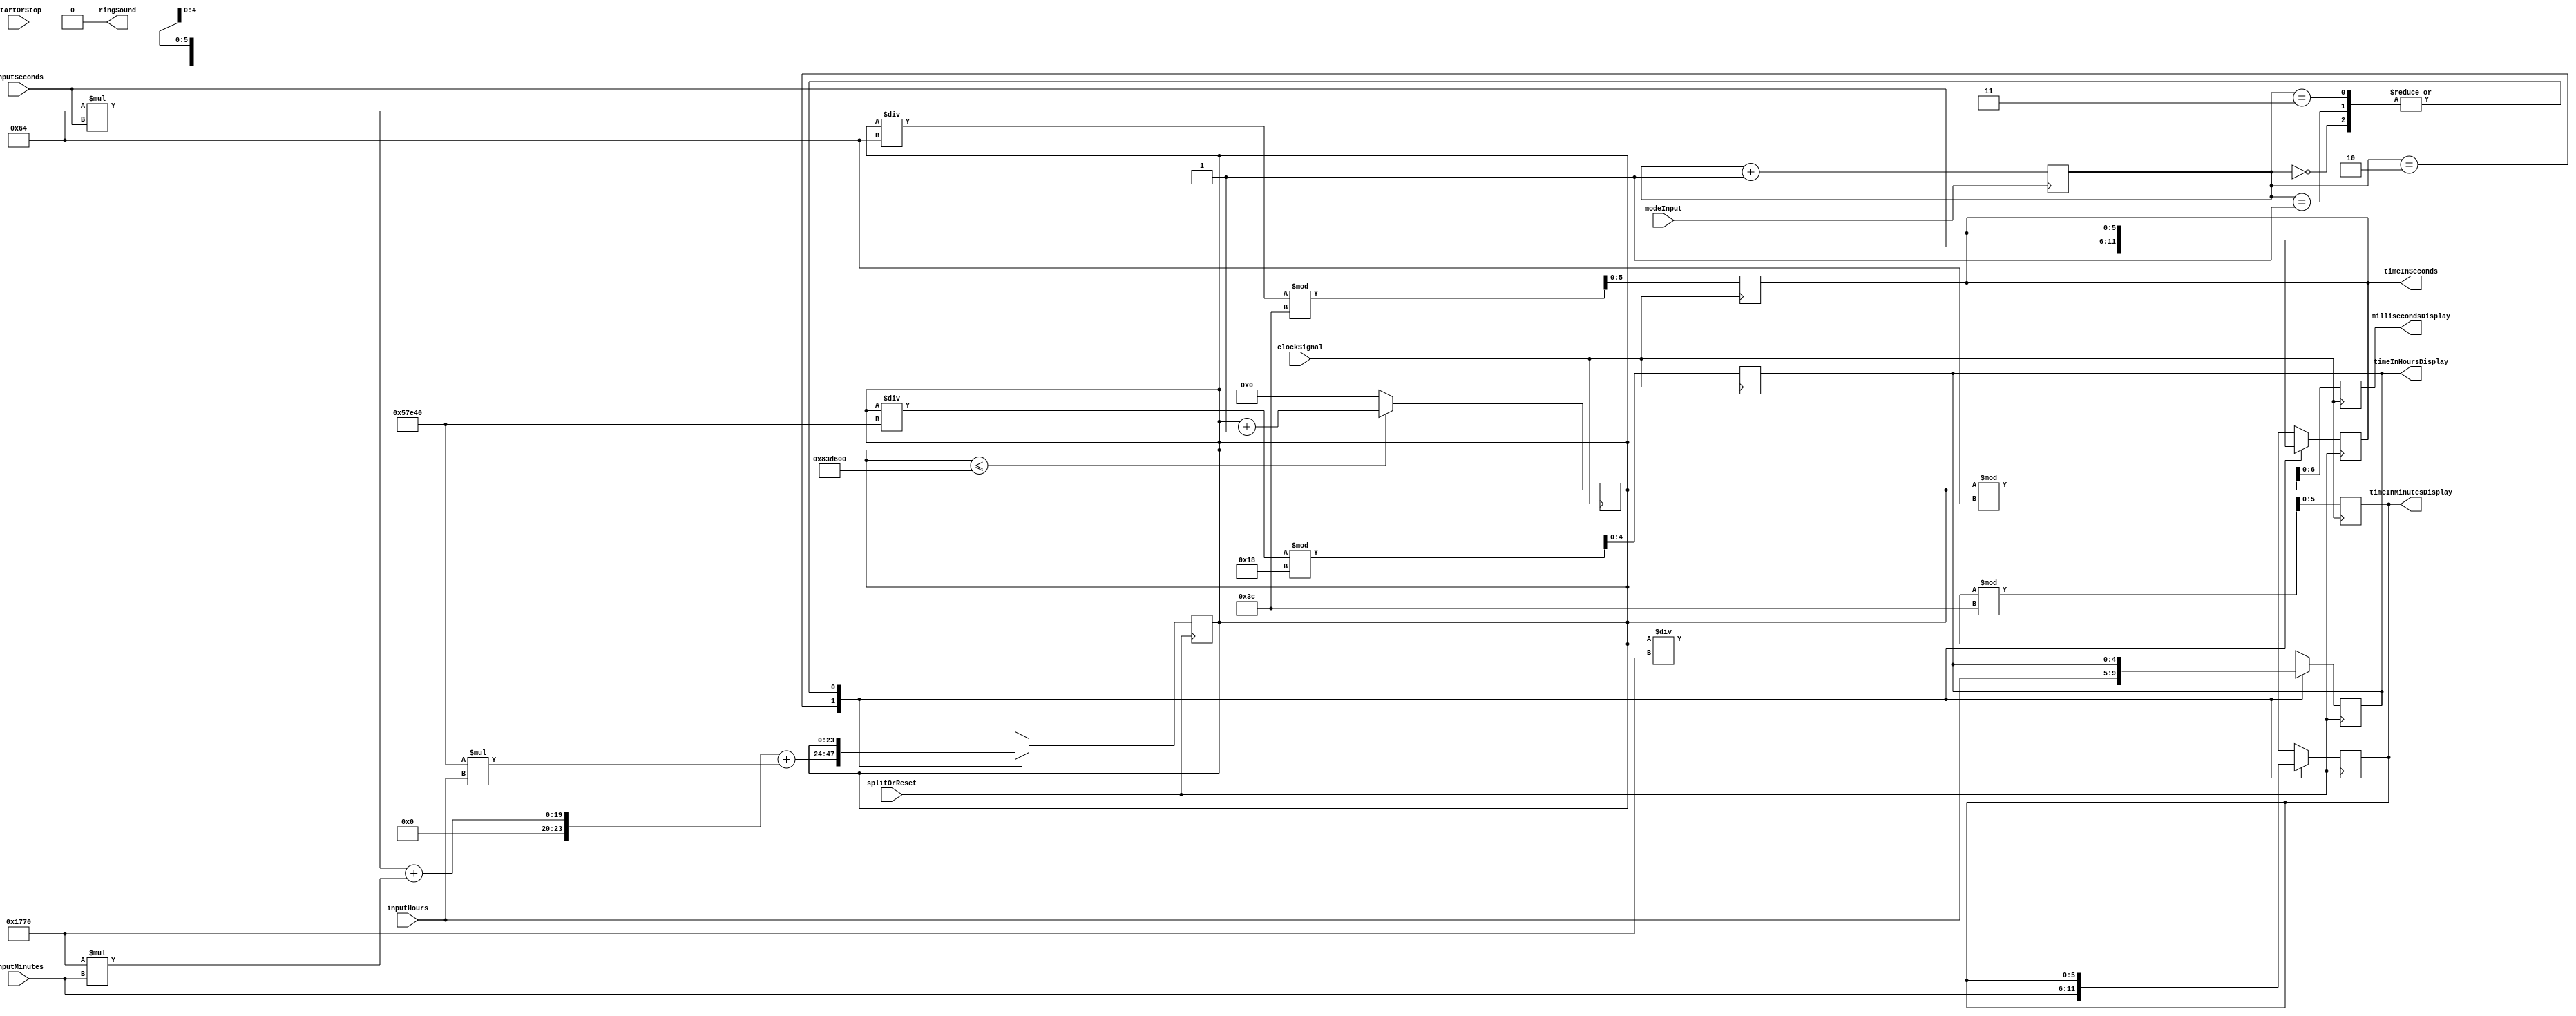
`timescale 1ns / 1ps
//////////////////////////////////////////////////////////////////////////////////
// Company: 
// Engineer: 
// 
// Design Name: 
// Module Name: Timer
// Project Name: 
// Target Devices: 
// Tool Versions: 
// Description: 
// 
// Dependencies: 
// 
// Revision:
// Revision 0.01 - File Created
// Additional Comments:
// 
//////////////////////////////////////////////////////////////////////////////////



//Note to self: get rid of excess binary bits necessary
//MODULES don't seem to work insde an always block, so I placed the raw code instead
//Also verilog arrays are inclusive. Meaning [4:0] is actually 5 bits

module Timer(
       input splitOrReset, modeInput, startOrStop, clockSignal,    
       input wire [4:0] inputHours, 
       input wire [5:0] inputMinutes, inputSeconds,
       
       output reg [4:0] timeInHoursDisplay, 
       output reg [5:0] timeInMinutesDisplay, timeInSeconds,
       output reg [6:0] millisecondsDisplay, 
       output reg ringSound
       
    );
       
    parameter timer = 2'b00, stopwatch = 2'b01, viewClockAndDate = 2'b10, setAlarm = 2'b11, twentyFourHours = 8640000;
    
    //verilog doesn't support 2d array as input/output
    reg [4:0] lappedHours [9:0], lappedMinutes [9:0], lappedSeconds[9:0], lappedMilliseconds[9:0];
    reg [23:0] millisecondsTimeCount, lappedMillisecondsCount;

    
    //clock signal must be in 100Hz
    reg [1:0] mode;
    reg startFlagTimer, startFlagStopWatch,startFlagAlarm;    
    reg [23:0] timerAlarmCount, clockAlarm;
    reg [4:0] lapIndex;


    initial
    begin
        $display ("Hello World");
        lapIndex = 0; //by default the lap position is at 0
        startFlagTimer = 0;//count down is disabled by default
        startFlagStopWatch = 0;
        startFlagAlarm = 0;
        timerAlarmCount = 0;
        mode =  2'b00; //mode at 0 by default
        
        lappedMillisecondsCount = 0;
        
        //Used to use loops, but they slowed the simulation too much
        lappedSeconds[0] = 0;
        lappedSeconds[1] = 0;
        lappedSeconds[2] = 0;
        lappedSeconds[3] = 0;
        lappedSeconds[4] = 0;
        lappedSeconds[5] = 0;
        lappedSeconds[6] = 0;
        lappedSeconds[7] = 0;
        lappedSeconds[8] = 0;
        lappedSeconds[9] = 0;
        
        lappedMinutes[0] = 0;
        lappedMinutes[1] = 0;
        lappedMinutes[2] = 0;
        lappedMinutes[3] = 0;
        lappedMinutes[4] = 0;
        lappedMinutes[5] = 0;
        lappedMinutes[6] = 0;
        lappedMinutes[7] = 0;
        lappedMinutes[8] = 0;
        lappedMinutes[9] = 0;

        lappedMilliseconds[0] = 0;
        lappedMilliseconds[1] = 0;
        lappedMilliseconds[2] = 0;
        lappedMilliseconds[3] = 0;
        lappedMilliseconds[4] = 0;
        lappedMilliseconds[5] = 0;
        lappedMilliseconds[6] = 0;
        lappedMilliseconds[7] = 0;
        lappedMilliseconds[8] = 0;
        lappedMilliseconds[9] = 0;

        lappedHours[0] = 0;
        lappedHours[1] = 0;
        lappedHours[2] = 0;
        lappedHours[3] = 0;
        lappedHours[4] = 0;
        lappedHours[5] = 0;
        lappedHours[6] = 0;
        lappedHours[7] = 0;
        lappedHours[8] = 0;
        lappedHours[9] = 0;
    //for performance issues, set all to 0 instead of looping
        
        millisecondsTimeCount = 0; 
        ringSound = 0; //initially the alarm is not ringing
    end
    
    
    always @ (posedge  modeInput)
    begin
        mode = mode + 2'b01; //cycle through the 4 modes (0 to 3) respectively
    end
    
    
    always @ (posedge startOrStop)
    begin
        case(mode) //if set was pressed during one of the modes
                timer: 
                   begin
                    if(timerAlarmCount == 0)
                        begin
                            startFlagTimer = 1;
                            timerAlarmCount =  (100 * inputSeconds + 100 * 60 * inputMinutes + 100 * 60 * 60  * inputHours);

                        end
                        
                    else
                        begin
                            startFlagTimer = 0;
                        end
                    end
                stopwatch: 
                    begin
                        //lap when pressed, save it to 2d array
                        startFlagStopWatch = !startFlagStopWatch;
                    end
                viewClockAndDate: 
                    begin
                        //do nothing
                    end
                setAlarm: 
                    begin
                        //Convert HHMMSS to ms
                        clockAlarm = inputHours * 60 * 60 * 100 + inputMinutes * 60 * 100 + inputSeconds * 100;
                    end
                
            
            endcase        
            
            if(ringSound == 1)
            begin
                ringSound = 0;
            end
    end
    
    always @ (posedge splitOrReset)
        begin
        
            case(mode)
                    timer: 
                       begin
                        //set the timer alarm count 
                        startFlagTimer = 0;
                        timerAlarmCount = 0;
                        end
                    stopwatch: 

                        begin   
                        
                            if(lapIndex == 10)
                            begin
                                lapIndex <= 0;
                                startFlagStopWatch <= 0;
                                
                                //Used to use loops, but they slowed the simulation too much
                                //Used to use loops, but they slowed the simulation too much
                                lappedSeconds[0] <= 0;
                                lappedSeconds[1] <= 0;
                                lappedSeconds[2] <= 0;
                                lappedSeconds[3] <= 0;
                                lappedSeconds[4] <= 0;
                                lappedSeconds[5] <= 0;
                                lappedSeconds[6] <= 0;
                                lappedSeconds[7] <= 0;
                                lappedSeconds[8] <= 0;
                                lappedSeconds[9] <= 0;
                                
                                lappedMinutes[0] <= 0;
                                lappedMinutes[1] <= 0;
                                lappedMinutes[2] <= 0;
                                lappedMinutes[3] <= 0;
                                lappedMinutes[4] <= 0;
                                lappedMinutes[5] <= 0;
                                lappedMinutes[6] <= 0;
                                lappedMinutes[7] <= 0;
                                lappedMinutes[8] <= 0;
                                lappedMinutes[9] <= 0;
                        
                                lappedMilliseconds[0] <= 0;
                                lappedMilliseconds[1] <= 0;
                                lappedMilliseconds[2] <= 0;
                                lappedMilliseconds[3] <= 0;
                                lappedMilliseconds[4] <= 0;
                                lappedMilliseconds[5] <= 0;
                                lappedMilliseconds[6] <= 0;
                                lappedMilliseconds[7] <= 0;
                                lappedMilliseconds[8] <= 0;
                                lappedMilliseconds[9] <= 0;
                        
                                lappedHours[0] <= 0;
                                lappedHours[1] <= 0;
                                lappedHours[2] <= 0;
                                lappedHours[3] <= 0;
                                lappedHours[4] <= 0;
                                lappedHours[5] <= 0;
                                lappedHours[6] <= 0;
                                lappedHours[7] <= 0;
                                lappedHours[8] <= 0;
                                lappedHours[9] <= 0;
                                
                                lappedMillisecondsCount <= 0;                            
                            end  
                            
                            if(startFlagStopWatch == 1)
                            begin
                                lappedMilliseconds[lapIndex] = lappedMillisecondsCount % 100;
                                lappedSeconds[lapIndex] = lappedMillisecondsCount / 100;
                                lappedMinutes[lapIndex] = lappedMillisecondsCount / (60 * 100);
                                lappedHours[lapIndex] = lappedMillisecondsCount / (60 * 60 * 100);
                                lapIndex = lapIndex +1;                            
                            end
                            else
                            begin
                                //Used to use loops, but they slowed the simulation too much
                                //Used to use loops, but they slowed the simulation too much
                                lappedSeconds[0] <= 0;
                                lappedSeconds[1] <= 0;
                                lappedSeconds[2] <= 0;
                                lappedSeconds[3] <= 0;
                                lappedSeconds[4] <= 0;
                                lappedSeconds[5] <= 0;
                                lappedSeconds[6] <= 0;
                                lappedSeconds[7] <= 0;
                                lappedSeconds[8] <= 0;
                                lappedSeconds[9] <= 0;
                                
                                lappedMinutes[0] <= 0;
                                lappedMinutes[1] <= 0;
                                lappedMinutes[2] <= 0;
                                lappedMinutes[3] <= 0;
                                lappedMinutes[4] <= 0;
                                lappedMinutes[5] <= 0;
                                lappedMinutes[6] <= 0;
                                lappedMinutes[7] <= 0;
                                lappedMinutes[8] <= 0;
                                lappedMinutes[9] <= 0;
                        
                                lappedMilliseconds[0] <= 0;
                                lappedMilliseconds[1] <= 0;
                                lappedMilliseconds[2] <= 0;
                                lappedMilliseconds[3] <= 0;
                                lappedMilliseconds[4] <= 0;
                                lappedMilliseconds[5] <= 0;
                                lappedMilliseconds[6] <= 0;
                                lappedMilliseconds[7] <= 0;
                                lappedMilliseconds[8] <= 0;
                                lappedMilliseconds[9] <= 0;
                        
                                lappedHours[0] <= 0;
                                lappedHours[1] <= 0;
                                lappedHours[2] <= 0;
                                lappedHours[3] <= 0;
                                lappedHours[4] <= 0;
                                lappedHours[5] <= 0;
                                lappedHours[6] <= 0;
                                lappedHours[7] <= 0;
                                lappedHours[8] <= 0;
                                lappedHours[9] <= 0;
                                
                                lappedMillisecondsCount <= 0;
                            end                        
                                                   
                        end
                    viewClockAndDate: 
                        begin
                            timeInHoursDisplay = inputHours;
                            timeInSeconds = inputSeconds;
                            timeInMinutesDisplay = inputMinutes;
                            millisecondsTimeCount = (100 * inputSeconds + 100 * 60 * inputMinutes + 100 * 60 * 60  * inputHours );
                        end
                    setAlarm: 
                        begin
                            clockAlarm = (100 * inputSeconds + 100 * 60 * inputMinutes + 100 * 60 * 60  * inputHours );
                        end
                    
                
                endcase        
        end
    
    always @ (posedge clockSignal) //when clock is high
        begin
                     

            if(startFlagTimer == 1) //the moment user set time is reached, ring the alarm
            begin
                timerAlarmCount = timerAlarmCount - 1;
                if(timerAlarmCount == 0 )
                begin
                    $display ("Timer Alarm Problems");
                    ringSound = 1;
                    startFlagTimer = 0;
                end
                
            end
            
            
            if(startFlagStopWatch == 1)
            begin
                if(lappedMillisecondsCount <= twentyFourHours)
                begin
                    lappedMillisecondsCount = lappedMillisecondsCount +1;
                end
                else
                begin
                    lappedMillisecondsCount = 0;
                    startFlagStopWatch = 0;
                end         
                
            end
            
            
            //PUT FUNCTION TO CONTINUOUSLY CONVERT MILLISECONDS TO DATE AND TIME DISPLAY HERE 
            //Originally was going to be the loopy thing that you did, but program seems to hang whenever I try to use it. So a solution without loops was needed, and this was the initial one
            //also putting modules inside always block doesnt seem to work 
            millisecondsDisplay = millisecondsTimeCount % 100; //the modulo is the ms count
            timeInSeconds= (millisecondsTimeCount/100) % 60; 
            timeInMinutesDisplay = (millisecondsTimeCount/(100 * 60))% 60;
            timeInHoursDisplay = (millisecondsTimeCount / (100 * 60 * 60)) % 24;
            
            
            
            //END
            if(millisecondsTimeCount  <= twentyFourHours)
            begin
                millisecondsTimeCount = millisecondsTimeCount + 1;
            end
            else
            begin
                millisecondsTimeCount = 0; //reset back to 0
            end
            
            if(clockAlarm > 0)
            begin
                clockAlarm= clockAlarm -1 ;
            end
            else if (clockAlarm == 0)
            begin
                $display ("Alarm Clock Problems");
                ringSound = 1;
            end
        end
    
    
    
    
     
endmodule